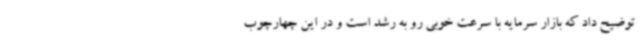
توضیح داد که بازار سرمایه با سرعت خوبی رو به رشد است و در این چهارچوب